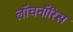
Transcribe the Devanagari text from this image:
लॉचनॉरिस